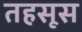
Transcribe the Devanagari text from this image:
तहसूस